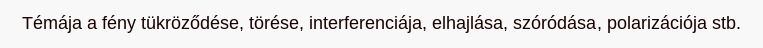
Témája a fény tükröződése, törése, interferenciája, elhajlása, szóródása, polarizációja stb.